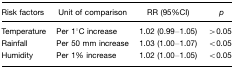
| Risk factors | Unit of comparison | RR (95%CI) | p |
 | --- | --- | --- | --- |
 | Temperature | Per 1°C increase | 1.02 (0.99–1.05) | >0.05 |
 | Rainfall | Per 50 mm increase | 1.03 (1.00–1.07) | <0.05 |
 | Humidity | Per 1% increase | 1.02 (1.00–1.05) | <0.05 |